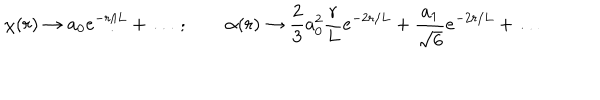
LaTeX: \chi ( r ) \to a _ { 0 } e ^ { - r / L } + \ldots \ ; \qquad \alpha ( r ) \to { \frac { 2 } { 3 } } a _ { 0 } ^ { 2 } { \frac { r } { L } } e ^ { - 2 r / L } + { \frac { a _ { 1 } } { \sqrt { 6 } } } e ^ { - 2 r / L } + \ldots